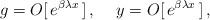
LaTeX: \begin{align*}\,g= O[\,e^{\beta\lambda x }\,] \,, \hspace{0.5cm}y = O[\,e^{\beta\lambda x }\,] \,,\end{align*}